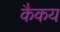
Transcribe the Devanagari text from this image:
कैकय